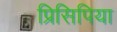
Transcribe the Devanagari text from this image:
प्रिसिपिया